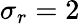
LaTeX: \sigma_{r}=2